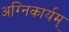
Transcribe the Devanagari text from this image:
अग्निकार्यम्